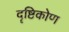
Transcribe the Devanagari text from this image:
दॄष्टिकोण